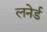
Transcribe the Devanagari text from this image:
लनेर्ड